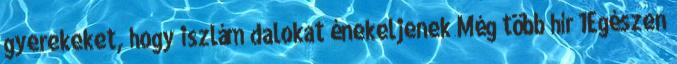
gyerekeket, hogy iszlám dalokat énekeljenek Még több hír 1Egészen